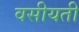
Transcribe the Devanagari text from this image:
वसीयती